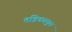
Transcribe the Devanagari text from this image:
तंत्रिकामूल